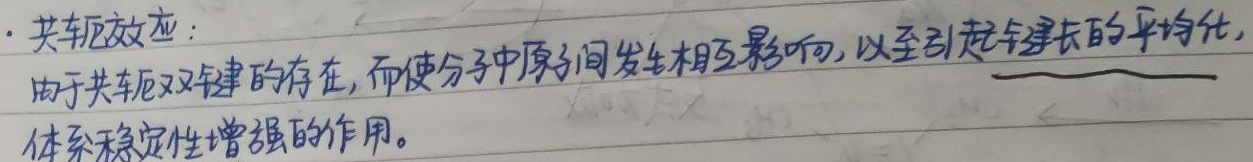
- 共轭效应：由于共轭双键的存在，而使分子中原子间发生相互影响，以至引起键长的平均化，体系稳定性增强的作用。